Report on vaccination in Madras 1895-1903 - 1895-1903
Year: 1895
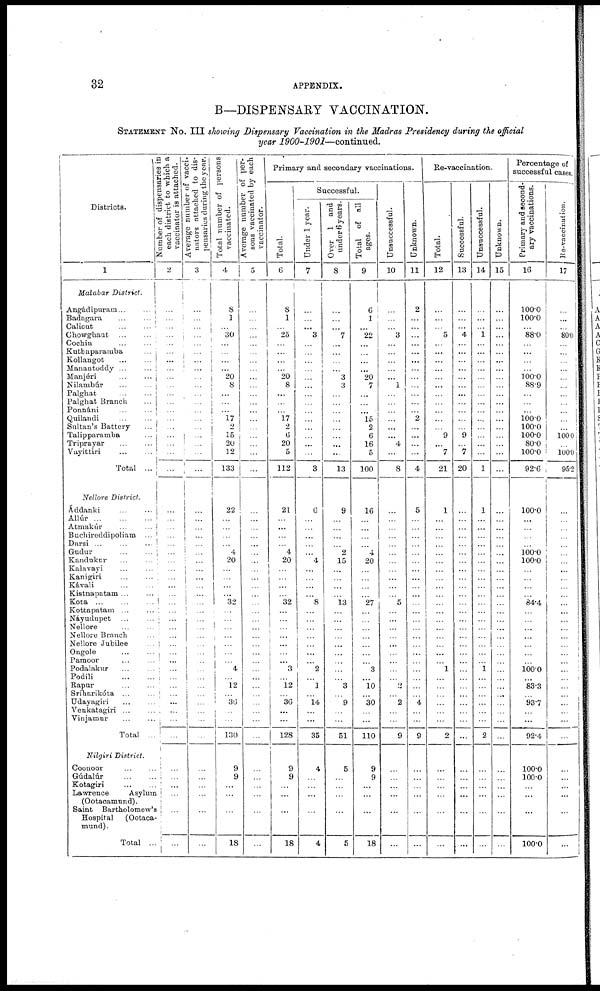
32
APPENDIX.
B—DISPENSARY VACCINATION.
STATEMENT No. III showing Dispensary Vaccination in the Madras Presidency during the official
year 1900-1901—continued.
Districts.
1
Malabar District.
Angádipuram ... ...
Badagara ... ...
Calicut ... ...
Chowghaut ... ...
Cochin ... ...
Kuthaparamba ...
Kollangot ... ...
Manantoddy ... ...
Manjéri ... ...
Nilambúr ... ...
Palghat
...
...
Palghat Branch ...
Ponnáni ... ...
Quilandi ... ...
Sultan's Battery ...
Talipparamba ...
Triprayar ... ...
Vayittiri ... ...
Total ...
Nellore District.
Áddanki ... ...
Allúr
...
...
...
Atmakúr ... ...
Buchircddipoliam ...
Darsi ... ... ...
Gudur
...
...
Kandukur ... ...
Kalavayi ... ...
Kanigiri
...
...
Kávali
...
...
Kistnapatam ... ...
Kota
...
...
...
Kottapatam ... ...
Náyudupet ... ...
Nellore ... ...
Nellore Branch ...
Nellore Jubilee
...
Ongole ... ...
Pamoor ... ...
Podalakur ... ...
Podili
...
...
Rapur
...
...
Sríharikóta ... ...
Udayagiri ... ...
Venkatagiri ... ...
Vinjamur ... ...
Total ...
Nilgiri District.
Coonoor
...
...
Gúdalúr ... ...
Kotagiri ... ...
Lawrence
Asylum
(Ootacamund).
Saint Bartholomew's
Hospital
(Ootaca-
mund) .
Total ...
Number of dispensaries in
each district to which a
vaccinator is attached.
2
...
...
...
...
...
...
...
...
...
...
...
...
...
...
...
...
...
...
...
...
...
...
...
...
...
...
...
...
...
...
...
...
...
...
...
...
...
...
...
...
...
...
...
...
...
...
...
...
...
...
...
...
Average number of vacci-
nators attached to dis-
pensaries during the year.
3
...
...
...
...
...
...
...
...
...
...
...
...
...
...
...
...
...
...
...
...
...
...
...
...
...
...
...
...
...
...
...
...
...
...
...
...
...
...
...
...
...
...
...
...
...
...
...
...
...
...
...
...
Total number of persons
vaccinated.
4
8
1
... 30
...
...
...
...
20
8
...
...
...
17
2
15
20
12
133
22
...
...
...
...
4
20
...
...
...
...
32
...
...
...
...
...
...
...
4
...
12
...
36
...
...
130
9
9
...
...
...
18
Average number of per-
sons vaccinated by each
vaccinator.
5
...
...
...
...
...
...
...
...
...
...
...
...
...
...
...
...
...
...
...
...
...
...
...
...
...
...
...
...
...
...
...
...
...
...
...
...
...
...
...
...
...
...
...
...
...
...
...
...
...
...
...
...
Primary and secondary vaccinations.
Total.
6
8
1
... 25
...
...
...
...
20
8
...
...
...
17
2
6
20
5
112
21
...
...
...
...
4
20
...
...
...
...
32
...
...
...
...
...
...
...
3
...
12
...
36
...
...
128
9
9
...
...
...
18
Successful.
Under 1 year.
7
...
...
... 3
...
...
...
...
...
...
...
...
...
...
...
...
...
...
3
6
...
...
...
...
...
4
...
...
...
...
8
...
...
...
...
...
...
...
2
...
1
...
14
...
...
35
4
...
...
...
...
4
Over 1 and
under 6 years.
8
...
...
...
7
...
...
...
...
3
3
...
...
...
...
...
...
...
...
13
9
...
...
...
...
2
15
...
...
...
...
13
...
...
...
...
...
...
...
...
...
3
...
9
...
...
51
5
...
...
...
...
5
Total of all
ages.
9
6
1
...
22
...
...
...
...
20
7
...
...
...
15
2
6
16
5
100
16
...
...
...
...
4
20
...
...
...
...
27
...
...
...
...
...
...
...
3
...
10
...
30
...
...
110
9
9
...
...
...
18
Unsuccessful.
10
...
...
... 3
...
...
...
...
...
1
...
...
...
...
...
...
4
...
8
...
...
...
...
...
...
...
...
...
...
...
5
...
...
...
...
...
...
...
...
...
2
...
2
...
...
9
...
...
...
...
...
...
Unknown.
11
2
...
...
...
...
...
...
...
...
...
...
...
...
2
...
...
...
...
4
5
...
...
...
...
...
...
...
...
...
...
...
...
...
...
...
...
...
...
...
...
...
...
4
...
...
9
...
...
...
...
...
...
Re-vaccination.
Total.
12
...
...
... 5
...
...
...
...
...
...
...
...
...
...
...
9
...
7
21
1
...
...
...
...
...
...
...
...
...
...
...
...
...
...
...
...
...
...
1
...
...
...
...
...
...
2
...
...
...
...
...
...
Successful.
13
...
...
... 4
...
...
...
...
...
...
...
...
...
...
...
9
...
7
20
...
...
...
...
...
...
...
...
...
...
...
...
...
...
...
...
...
...
...
...
...
...
...
...
...
...
...
...
...
...
...
...
...
Unsuccessful.
14
...
...
...
1
...
...
...
...
...
...
...
...
...
...
...
...
...
...
1
1
...
...
...
...
...
...
...
...
...
...
...
...
...
...
...
...
...
...
1
...
...
...
...
...
...
2
...
...
...
...
...
...
Unknown.
15
...
...
...
...
...
...
...
...
...
...
...
...
...
...
...
...
...
...
...
...
...
...
...
...
...
...
...
...
...
...
...
...
...
...
...
...
...
...
...
...
...
...
...
...
...
...
...
...
...
...
...
...
Percentage of
successful cases.
Primary and second-
ary vaccinations.
16
100.0
100.0
... 88.0
...
...
...
...
100.0
88.9
...
...
...
100.0
100.0
100.0
80.0
100.0
92.6
100.0
...
...
...
...
100.0
100.0
...
...
...
...
84.4
...
...
...
...
...
...
...
100.0
...
83.3
...
93.7
...
...
92.4
100.0
100.0
...
...
...
100.0
Re-vaccination.
17
...
...
... 80.0
...
...
...
...
...
...
...
...
...
...
...
100.0
...
100.0
95.2
...
...
...
...
...
...
...
...
...
...
...
...
... ...
... ...
...
...
...
...
...
...
... ...
...
...
...
...
...
...
...
...
...